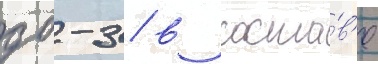
дб-3 / в соста́в'е